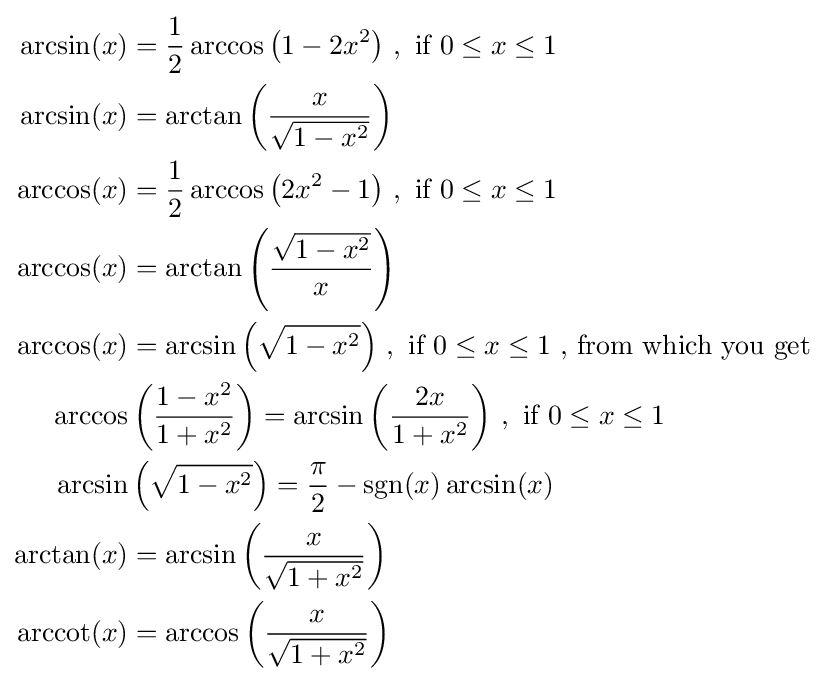
{\begin{aligned}\arcsin(x)&={\frac {1}{2}}\arccos \left(1-2x^{2}\right)\,,{\text{ if }}0\leq x\leq 1\\\arcsin(x)&=\arctan \left({\frac {x}{\sqrt {1-x^{2}}}}\right)\\\arccos(x)&={\frac {1}{2}}\arccos \left(2x^{2}-1\right)\,,{\text{ if }}0\leq x\leq 1\\\arccos(x)&=\arctan \left({\frac {\sqrt {1-x^{2}}}{x}}\right)\\\arccos(x)&=\arcsin \left({\sqrt {1-x^{2}}}\right)\,,{\text{ if }}0\leq x\leq 1{\text{ , from which you get }}\\\arccos &\left({\frac {1-x^{2}}{1+x^{2}}}\right)=\arcsin \left({\frac {2x}{1+x^{2}}}\right)\,,{\text{ if }}0\leq x\leq 1\\\arcsin &\left({\sqrt {1-x^{2}}}\right)={\frac {\pi }{2}}-\operatorname {sgn} (x)\arcsin(x)\\\arctan(x)&=\arcsin \left({\frac {x}{\sqrt {1+x^{2}}}}\right)\\\operatorname {arccot} (x)&=\arccos \left({\frac {x}{\sqrt {1+x^{2}}}}\right)\end{aligned}}